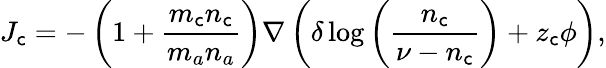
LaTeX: J_{\mathsf{c}}=-\left(1+\frac{{m_{\mathsf{c}}n_{\mathsf{c}}}}{{m_{a}n_{a}}}\right)\nabla\left(\delta\log{\left(\frac{{n_{\mathsf{c}}}}{{\nu-n_{\mathsf{c}}}}\right)}+z_{\mathsf{c}}\phi\right),